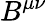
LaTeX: B^{\mu\nu}